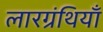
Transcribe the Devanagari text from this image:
लारग्रंथियाँ